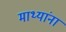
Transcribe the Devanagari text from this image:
माथ्यांना